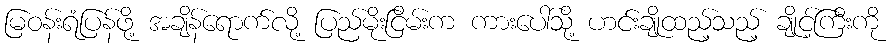
မြဝန်းရံပြန်ဖို့ အချိန်ရောက်လို့ ပြည်မိုးငြိမ်းက ကားပေါ်သို့ ဟင်းချိုထည့်သည့် ချိုင့်ကြီးကို